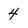
Character: 4